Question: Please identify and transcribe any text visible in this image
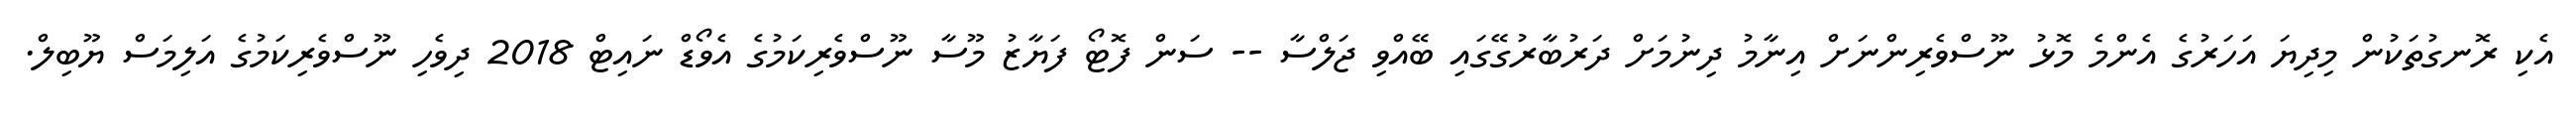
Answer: އެކި ރޮނގުތަކުން މިދިޔަ އަހަރުގެ އެންމެ މޮޅު ނޫސްވެރިންނަށް އިނާމު ދިނުމަށް ދަރުބާރުގޭގައި ބޭއްވި ޖަލްސާ -- ސަން ފޮޓޯ ފަޔާޒު މޫސާ ނޫސްވެރިކަމުގެ އެވޯޑް ނައިޓް 2018 ދިވެހި ނޫސްވެރިކަމުގެ އަލިމަސް ޔޫބިލް.